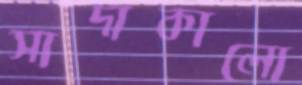
সাদাকালো